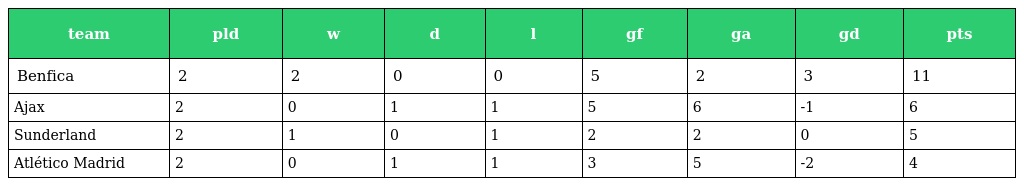
| team | pld | w | d | l | gf | ga | gd | pts |
 | --- | --- | --- | --- | --- | --- | --- | --- | --- |
 | Benfica | 2 | 2 | 0 | 0 | 5 | 2 | 3 | 11 |
 | Ajax | 2 | 0 | 1 | 1 | 5 | 6 | -1 | 6 |
 | Sunderland | 2 | 1 | 0 | 1 | 2 | 2 | 0 | 5 |
 | Atlético Madrid | 2 | 0 | 1 | 1 | 3 | 5 | -2 | 4 |